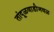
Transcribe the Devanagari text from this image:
तांदूळवाडीजवळ